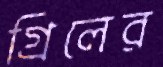
গ্রিলের